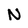
Character: N